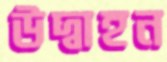
উদ্বাহন